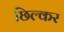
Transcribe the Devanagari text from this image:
छिल्कर